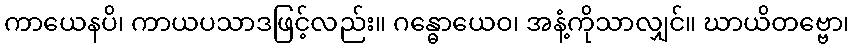
ကာယေနပိ၊ ကာယပသာဒဖြင့်လည်း။ ဂန္ဓောယေဝ၊ အနံ့ကိုသာလျှင်။ ဃာယိတဗ္ဗော၊